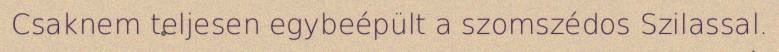
Csaknem teljesen egybeépült a szomszédos Szilassal.